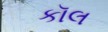
કૉલ